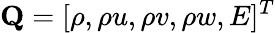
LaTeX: \mathbf{Q}=[\rho,\rho u,\rho v,\rho w,E]^{T}